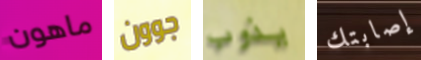
ماهون جوون يذوب إصابتك